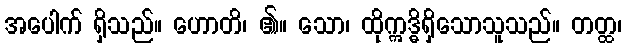
အပေါက် ရှိသည်။ ဟောတိ၊ ၏။ သော၊ ထိုဣဒ္ဓိရှိသောသူသည်။ တတ္ထ၊